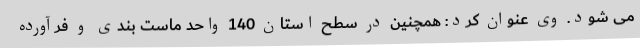
می شود. وی عنوان کرد: همچنین در سطح استان 140 واحد ماست بندی و فرآورده